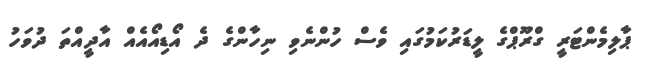
ޕާލިމެންޓަރީ ގްރޫޕްގެ ލީޑަރުކަމުގައި ވެސް ހުންނެވި ނިހާންގެ ދެ އޯޑިއޯއެއް އާދީއްތަ ދުވަހު